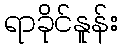
ရာခိုင်နူန်း